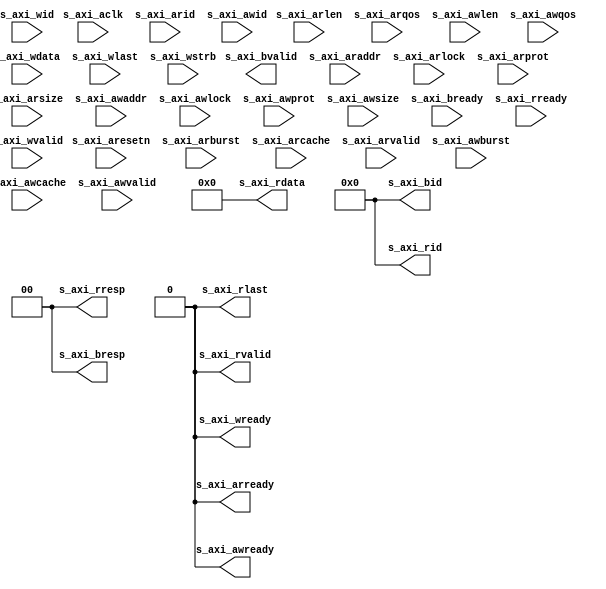
// This program was cloned from: https://github.com/aolofsson/oh
// License: MIT License

module axislave_stub (/*AUTOARG*/
   // Outputs
   s_axi_arready, s_axi_awready, s_axi_bid, s_axi_bresp, s_axi_bvalid,
   s_axi_rid, s_axi_rdata, s_axi_rlast, s_axi_rresp, s_axi_rvalid,
   s_axi_wready,
   // Inputs
   s_axi_aclk, s_axi_aresetn, s_axi_arid, s_axi_araddr, s_axi_arburst,
   s_axi_arcache, s_axi_arlock, s_axi_arlen, s_axi_arprot,
   s_axi_arqos, s_axi_arsize, s_axi_arvalid, s_axi_awid, s_axi_awaddr,
   s_axi_awburst, s_axi_awcache, s_axi_awlock, s_axi_awlen,
   s_axi_awprot, s_axi_awqos, s_axi_awsize, s_axi_awvalid,
   s_axi_bready, s_axi_rready, s_axi_wid, s_axi_wdata, s_axi_wlast,
   s_axi_wstrb, s_axi_wvalid
   );

   parameter         S_IDW               = 12;
   
   /*****************************/
   /*AXI slave interface        */
   /*****************************/  
   //Clock and reset
   input 	  s_axi_aclk;
   input 	  s_axi_aresetn;
   
   //Read address channel
   input [S_IDW-1:0] s_axi_arid;    //write address ID
   input [31:0]    s_axi_araddr;
   input [1:0] 	   s_axi_arburst;
   input [3:0] 	   s_axi_arcache;
   input  	   s_axi_arlock;
   input [7:0] 	   s_axi_arlen;
   input [2:0] 	   s_axi_arprot;
   input [3:0] 	   s_axi_arqos;
   output 	   s_axi_arready;
   input [2:0] 	   s_axi_arsize;
   input 	   s_axi_arvalid;
   
   //Write address channel
   input [S_IDW-1:0] s_axi_awid;    //write address ID
   input [31:0]    s_axi_awaddr;
   input [1:0] 	   s_axi_awburst;
   input [3:0] 	   s_axi_awcache;
   input  	   s_axi_awlock;
   input [7:0] 	   s_axi_awlen;
   input [2:0] 	   s_axi_awprot;
   input [3:0] 	   s_axi_awqos;   
   input [2:0] 	   s_axi_awsize;
   input 	   s_axi_awvalid;
   output 	   s_axi_awready;
   
   //Buffered write response channel
   output [S_IDW-1:0] s_axi_bid;    //write address ID
   output [1:0]     s_axi_bresp;
   output 	    s_axi_bvalid;
   input 	    s_axi_bready;
   
   //Read channel
   output [S_IDW-1:0] s_axi_rid;    //write address ID
   output [31:0]      s_axi_rdata;
   output 	      s_axi_rlast;   
   output [1:0]       s_axi_rresp;
   output 	      s_axi_rvalid;
   input 	      s_axi_rready;

   //Write channel
   input [S_IDW-1:0]  s_axi_wid;    //write address ID
   input [31:0]       s_axi_wdata;
   input 	      s_axi_wlast;   
   input [3:0] 	      s_axi_wstrb;
   input 	      s_axi_wvalid;
   output 	      s_axi_wready;

   //read address chanel
   assign s_axi_arready        = 'b0;   

   //write address channel
   assign s_axi_awready        = 'b0;

   //buffered write response
   assign s_axi_bid[S_IDW-1:0] = 'b0;
   assign s_axi_bresp[1:0]     = 'b0;
   
   //read channel
   assign s_axi_rid[S_IDW-1:0] = 'b0;
   assign s_axi_rdata[31:0]    = 'b0;
   assign s_axi_rlast          = 'b0;
   assign s_axi_rresp[1:0]     = 'b0;
   assign s_axi_rvalid         = 'b0;

   //write channel
   assign s_axi_wready         = 'b0;
   
   
endmodule // saxi_tieoff